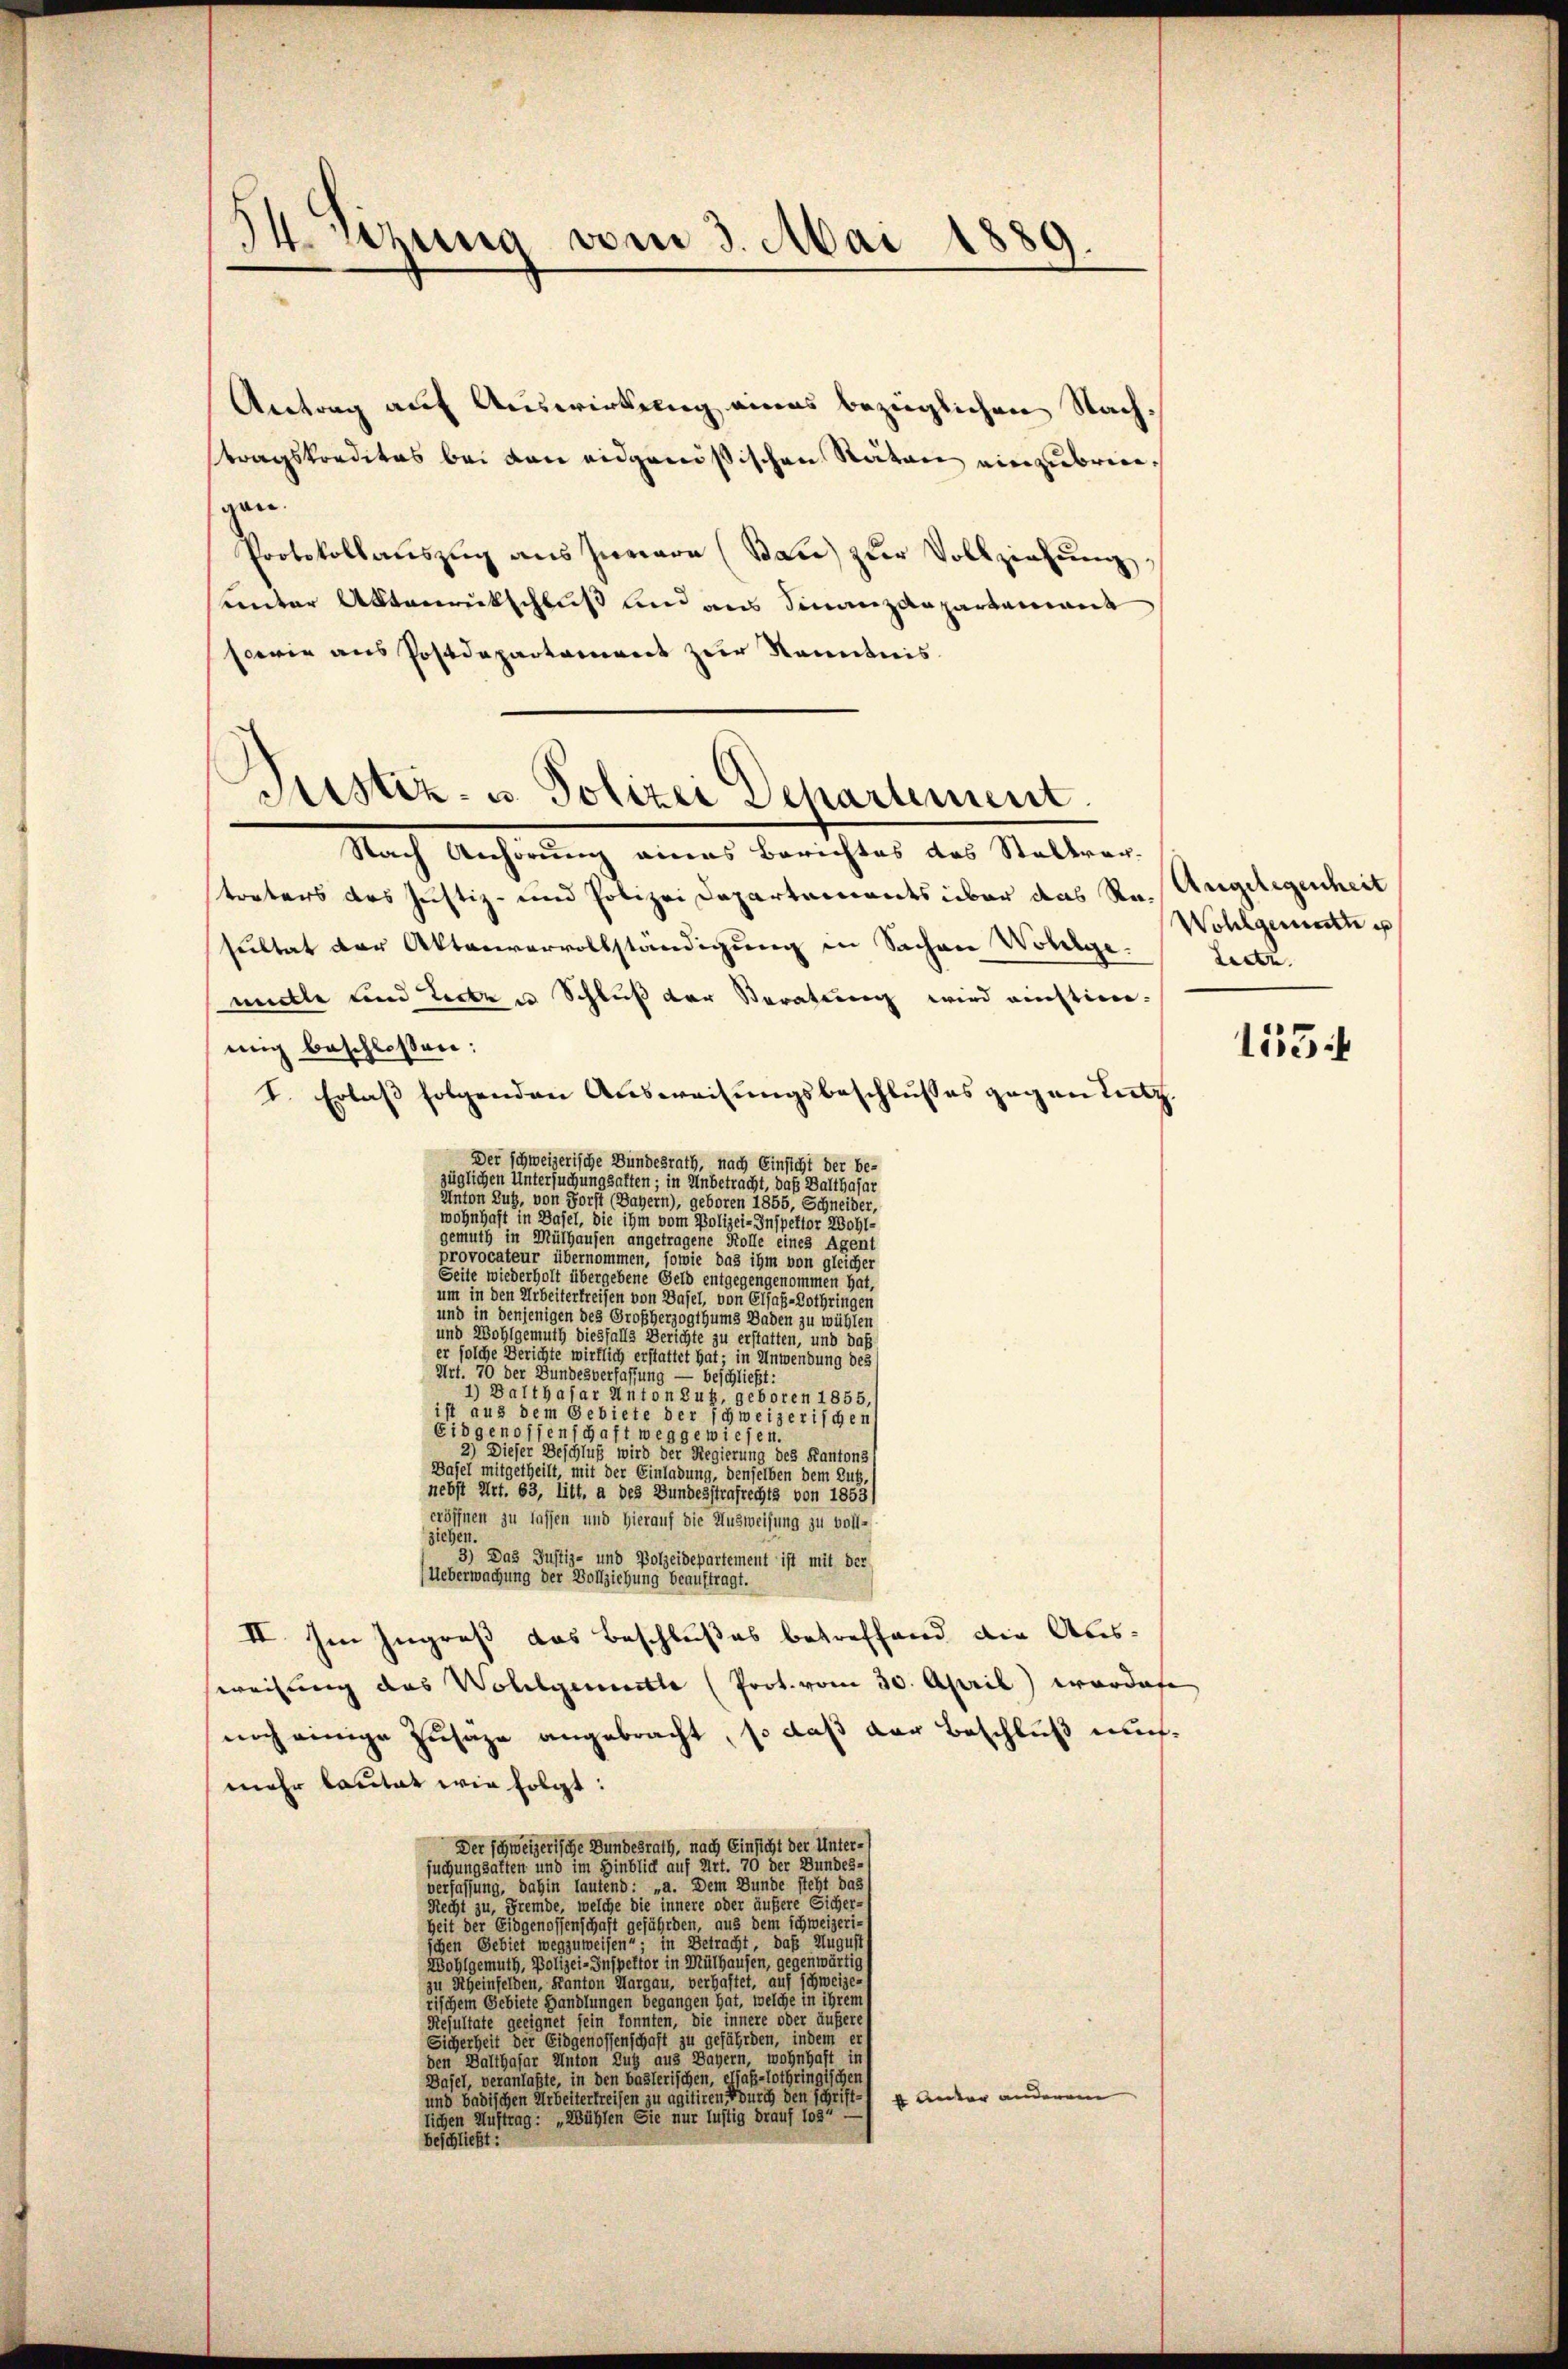
)
4 hung vom 3. Mai 1889.

Antrag auf Auswirkung eines bezüglichen Nachtragskredites bei von eidgenößischen Räten einzubringen.
Protokollauszug aus Innere (Sau) zur Vollziehung
unter Aktenrutschluß und aus Finanzdepartament
oerin aus Postdepartement zur Kenntnis

Justiz- u. Polizei Departement

Nach Anhörung eines Berichtes das Stadtar-
straters des Justiz- und Polizei Departements über das Ru. Angelegenheit
sultat der Aktenvervollständigung in Sachen Wohlgemille und Leiten Schluß der Seratung wird einstim
mig beschlossen:
I. Erlass folgenden Ausweisungsbeschlusses gegen Letz
Der schweizerische Bundesrath, nach Einsicht der be-
züglichen Untersuchungsalten; in Unbetracht, daß Balthasar
Anton Zug, von Forst (Bayern), geboren 1855, Schneider,
wohnhaft in Basel, die ihm vom Polizei-Inspektor Wohlgemuth in Mülhausen angetragene Kolle eines Agent
provocateur übernommen, sowie das ihm von gleicher
Seite wiederholt übergebene Geld entgegengenommen hat,
um in den Arbeiterfreisen von Basel, von Elsaß-Lothringen
und in denjenigen des Großherzogthums Baden zu wühlen
und Wohlgemuth diesfalls Berichte zu erstatten, und daß
er solche Berichte wirklich erstattet hat in Anwendung des
Art. 70 der Bundesverfassung — beschließt:
1) Balthasar Anton Zug, geboren 1855,
ist aus dem Gebiete der schweizerischen
Eidgenossenschaft weggewiesen.
2) Dieser Beschluß wird der Regierung des Kantons
Basel mitgetheilt, mit der Einladung, denselben dem Zutz,
nebst Art. 63, litt, a des Bundesstrafrechts von 1853)
eröffnen zu lassen und hierauf die Ausweisung zu voll-
ziehen.
3) Das Justiz- und Polzeidepartement ist mit der
Ueberwachung der Vollziehung beauftrag
II. Im Ingroß das Beschlußes betreffend die Aussweisung das Wollierette (Prot. vom 30. April) wordate
noch einige Zusäre angebracht, so daß der Beschluß mitmehr lautet wie folgt:
Der schweizerische Bundesrath, nach Einsicht der Unter-
suchungsatten und im Hinblick auf Art. 70 der Bundes-
verfassung, dahin laufend: „a. Dem Bunde steht das
Recht zu, Fremde, welche die innere oder äußere Sicher-
heit der Eidgenossenschaft gefährden, aus dem Schweizeriichen Gebiet wegzuweisen; in Betracht, daß Augusts
Wohlgemuth, Polizei-Inspektor in Müthausen, gegenwärtig s
zu Rheinfelden, Kanton Margau, verhaftet, auf schweizer
rischem Gebiete Handlungen begangen hat, welche in ihrem
Resultate geeignet sein konnten, die innere oder äußere
Sicherheit der Eidgenossenschaft zu gefährden, indem er
den Balthasar Anton Zug aus Dägern, wohnhaft in
Dasel, veranlaßte, in den baslerischen, elsaß-Lothringischen
und badischen Arbeitertreisen zu agitiren durch den schrift unter anderem
ichen Auftrag: „Wühlen Sie nur luftig drauf los
beschließt:

Wohlgemette e
Leete.

155